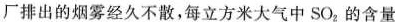
厂排出的烟雾经久不散，每立方米大气中SO_{2}的含量